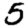
Digit: 5